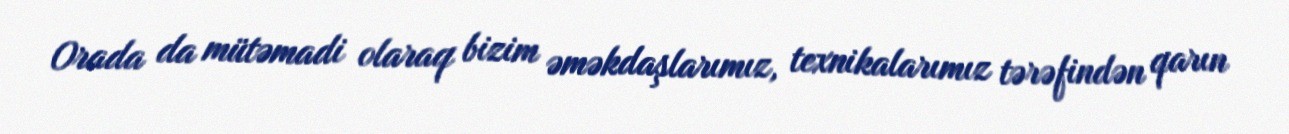
Orada da mütəmadi olaraq bizim əməkdaşlarımız, texnikalarımız tərəfindən qarın